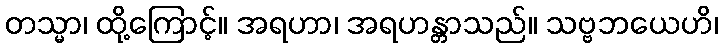
တသ္မာ၊ ထို့ကြောင့်။ အရဟာ၊ အရဟန္တာသည်။ သဗ္ဗဘယေဟိ၊